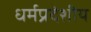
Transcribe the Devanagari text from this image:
धर्मप्रदेशीय